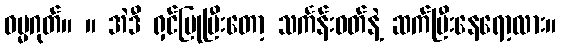
ဓမ္မဂုတ်။ ။ အဲဒီ ရှင်ပြုပြီးတော့ သင်္ကန်းဝတ်နဲ့ ဆက်ပြီးနေရော့လား။